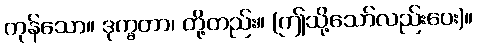
ကုန်သော။ ဒုက္ခတာ၊ တို့တည်း။ (ဤသို့သော်လည်းပေး)။